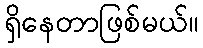
ရှိနေတာဖြစ်မယ်။